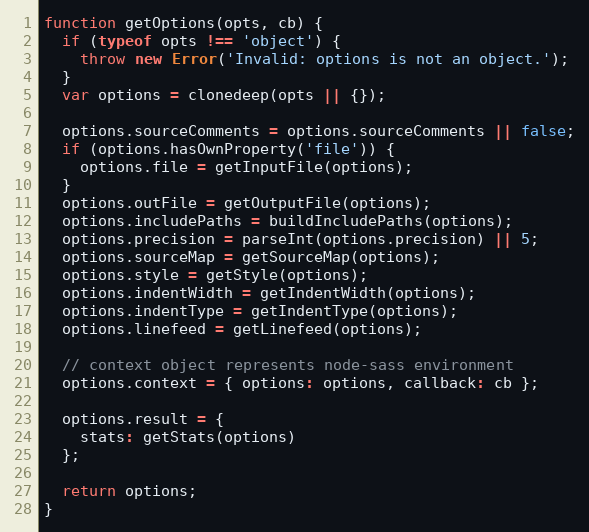
Language: JavaScript
function getOptions(opts, cb) {
  if (typeof opts !== 'object') {
    throw new Error('Invalid: options is not an object.');
  }
  var options = clonedeep(opts || {});

  options.sourceComments = options.sourceComments || false;
  if (options.hasOwnProperty('file')) {
    options.file = getInputFile(options);
  }
  options.outFile = getOutputFile(options);
  options.includePaths = buildIncludePaths(options);
  options.precision = parseInt(options.precision) || 5;
  options.sourceMap = getSourceMap(options);
  options.style = getStyle(options);
  options.indentWidth = getIndentWidth(options);
  options.indentType = getIndentType(options);
  options.linefeed = getLinefeed(options);

  // context object represents node-sass environment
  options.context = { options: options, callback: cb };

  options.result = {
    stats: getStats(options)
  };

  return options;
}